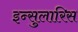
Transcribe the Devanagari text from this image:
इन्सुलारिस